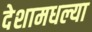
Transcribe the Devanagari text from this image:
देशामधल्या